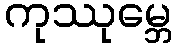
ကုဿုမ္ဘေ